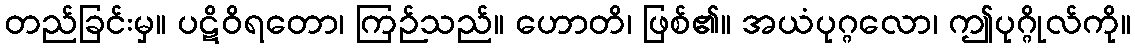
တည်ခြင်းမှ။ ပဋိဝိရတော၊ ကြဉ်သည်။ ဟောတိ၊ ဖြစ်၏။ အယံပုဂ္ဂလော၊ ဤပုဂ္ဂိုလ်ကို။